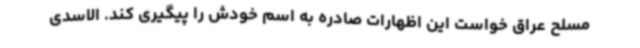
مسلح عراق خواست این اظهارات صادره به اسم خودش را پیگیری کند. الاسدی